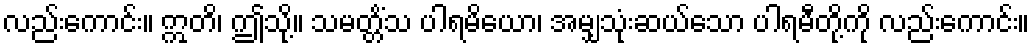
လည်းကောင်း။ ဣတိ၊ ဤသို့။ သမတ္တိံသ ပါရမိယော၊ အမျှသုံးဆယ်သော ပါရမီတို့ကို လည်းကောင်း။